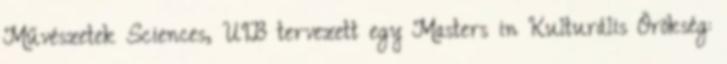
Művészetek Sciences, UIB tervezett egy Masters in Kulturális Örökség: